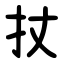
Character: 扙